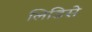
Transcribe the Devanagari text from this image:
लिडिसे